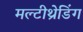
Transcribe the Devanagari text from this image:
मल्टीथ्रेडिंग